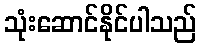
သုံးဆောင်နိုင်ပါသည်